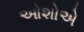
ઓશોએ